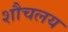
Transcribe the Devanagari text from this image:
शौचलय